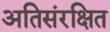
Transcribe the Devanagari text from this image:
अतिसंरक्षित